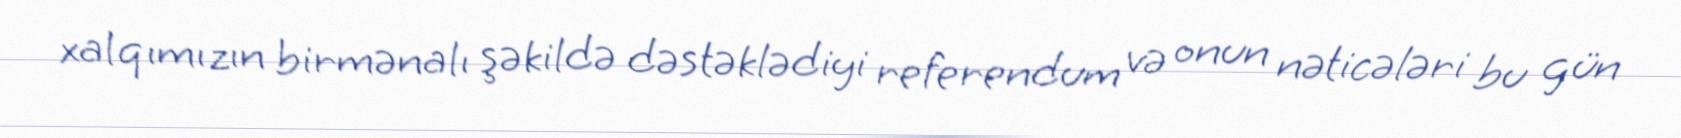
xalqımızın birmənalı şəkildə dəstəklədiyi referendum və onun nəticələri bu gün